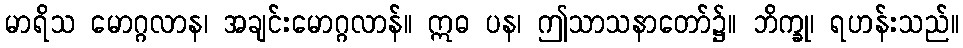
မာရိသ မောဂ္ဂလာန၊ အချင်းမောဂ္ဂလာန်။ ဣဓ ပန၊ ဤသာသနာတော်၌။ ဘိက္ခု၊ ရဟန်းသည်။